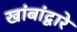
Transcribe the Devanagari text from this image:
खांबांद्वारे